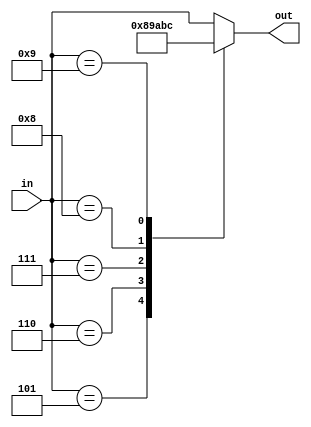
module add3 (in, out);
	
	input [3:0] in;
	output reg [3:0] out;
	
	always @ (in)
	case (in)
	// 4b0000: out <= 4b0000; //The commented out cases
	// 4b0001: out <= 4b0001; // can all go through the
	// 4b0010: out <= 4b0010; // default case to be dealt with
	// 4b0011: out <= 4b0011;
	// 4b0100: out <= 4b0100;
	
	4'b0101: out <= 4'b1000;
	4'b0110: out <= 4'b1001;
	4'b0111: out <= 4'b1010;
	4'b1000: out <= 4'b1011;
	4'b1001: out <= 4'b1100;
	
	default: out <= in;
	endcase
	
endmodule